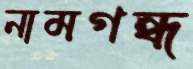
নামগন্ধ